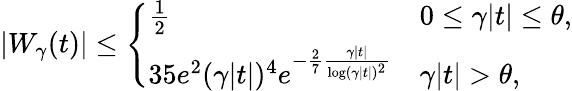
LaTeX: |W_{\gamma}(t)|\leq\left\{ \begin{array}{ll}{\frac{1}{2}}&{0\leq\gamma|t|\leq\theta,}\\ {35e^{2}(\gamma|t|)^{4}e^{-\frac{2}{7}\frac{\gamma|t|}{\log(\gamma|t|)^{2}}}}&{\gamma|t|>\theta,}\end{array}\right.